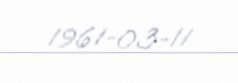
1961-03-11